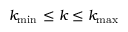
k _ { \operatorname* { m i n } { } } \le k \le k _ { \operatorname* { m a x } { } }